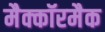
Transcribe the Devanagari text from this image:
मैक्कॉरमैक